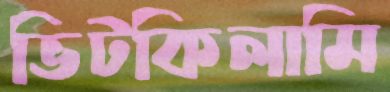
ভিটকিলামি